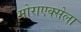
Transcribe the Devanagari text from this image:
मोराएक्सेला